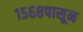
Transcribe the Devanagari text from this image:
१५६८पासून